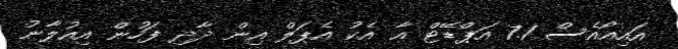
އައިއޯއެސް 7.1 އަޕްޑޭޓް އާ އެކު އެޕަލް އިން ދާދި ފަހުން އިއުލާނު